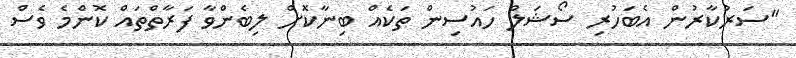
"ސަރުކާރުން އެބަހުރި ސޯޝަލް ހައުސިން ތަކެއް ބިނާކޮށް ލިބެންވާ ފަރާތްތައް ކޮންމެ ވެސް